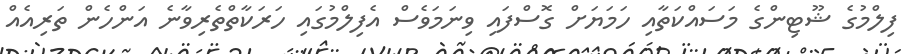
ފިިލްމުގެ ޝޫޓިންގެ މަސައްކަތާއި ހަމަޔަށް ގޮސްފައި ވިނަމަވެސް އެފިލްމުގައި ހަރަކާތްތެރިވާނެ އަންހެން ތަރިއެއް